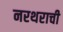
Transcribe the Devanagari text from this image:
नरथराची